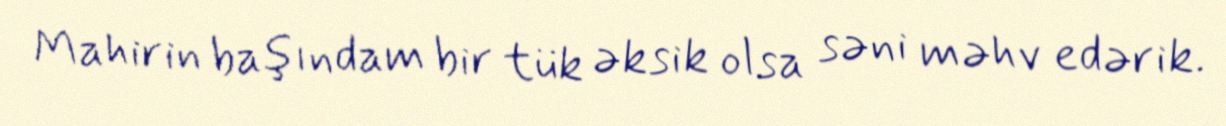
Mahirin başındam bir tük əksik olsa səni məhv edərik.